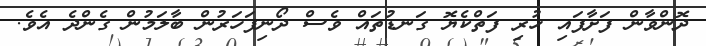
ދޮންވާން ފަށާފައި ހުރި ފަތްކެޔޮ ގަނޑުތައް ވެސް ދޯނިފަހަރުން ބާލަމުން ގެންދެ އެވެ.